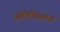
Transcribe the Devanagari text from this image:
अधिनियामच